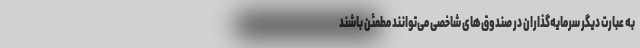
به عبارت دیگر سرمایه‌گذاران در صندوق‌های شاخصی می‌توانند مطمئن باشند